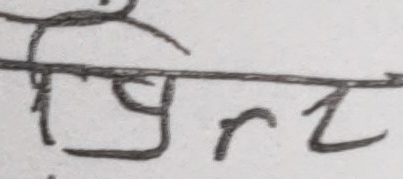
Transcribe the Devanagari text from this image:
प्रित